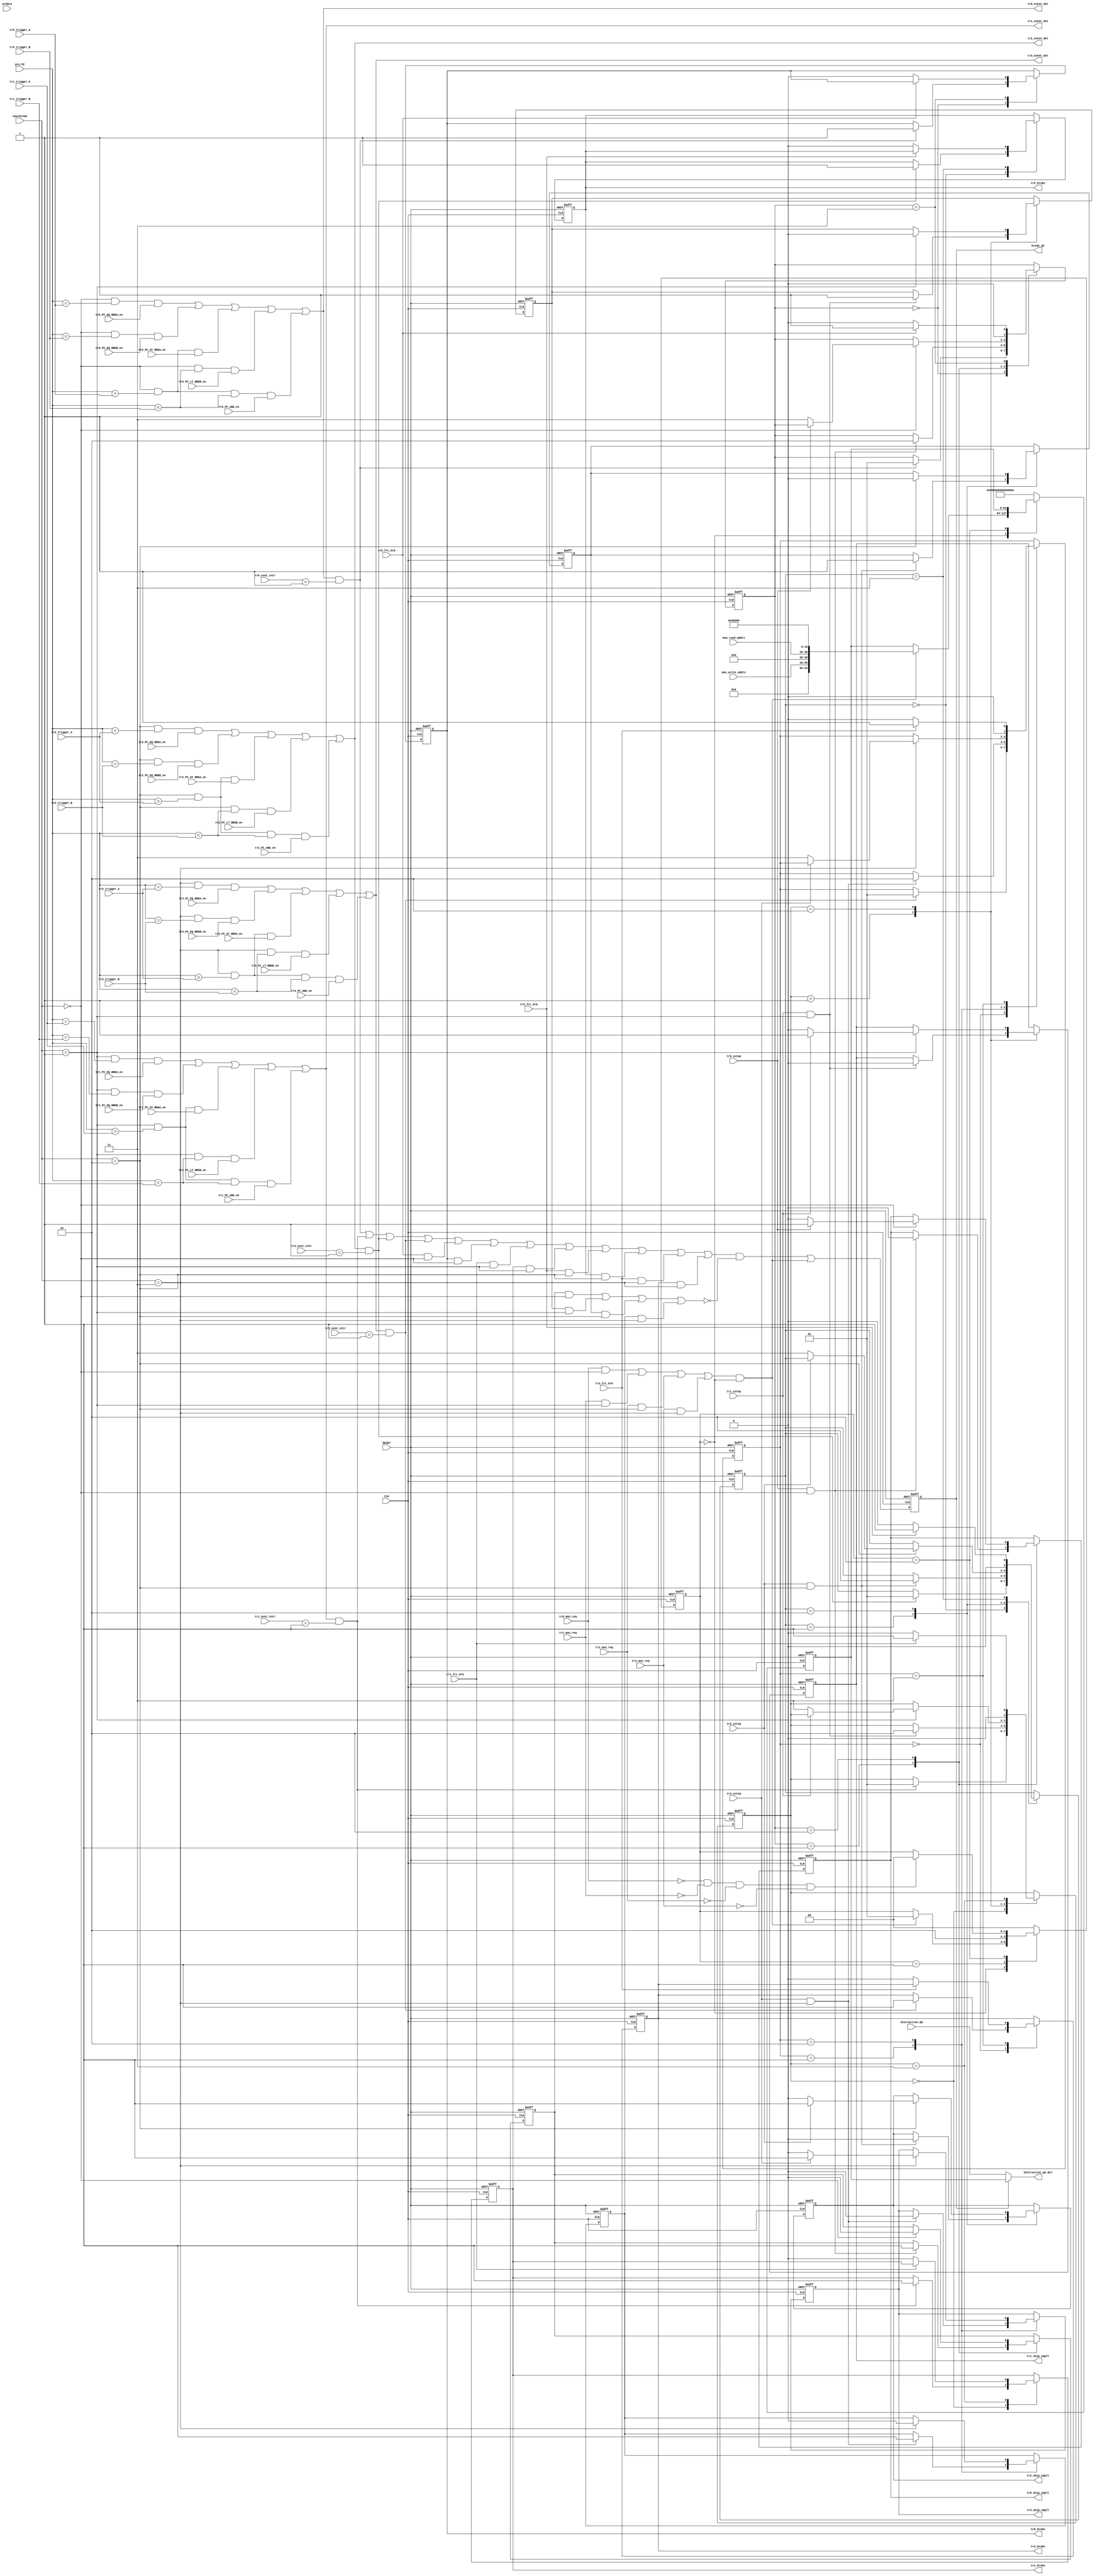
// breakpoints.v
 `timescale 1ns/100ps
 // Version:  1.0  October 1, 2017
 // Copyright (C) 2017.  All rights reserved.
/////////////////////////////////////////////////////////////////////////////////////////////////////////////////////
//                                                                                                                 //
//                                 SYMPL 64-BIT GP-GPU Compute Engine                                              //
//                              Evaluation and Product Development License                                         //
//                                                                                                                 //
// Provided that you comply with all the terms and conditions set forth herein, Jerry D. Harthcock ("licensor"),   //
// the original author and exclusive copyright owner of these SYMPL 64-BIT ~ Verilog RTL IP cores and related      //
// development software ("this IP")  hereby grants recipient of this IP ("licensee"), a world-wide, paid-up,       //
// non-exclusi~ve license to implement this IP in Xilinx, Altera, MicroSemi or Lattice Semiconductor brand FPGAs   //
// only and used for the purposes of evaluation, education, and development of end products and related            //
// development tools only.  Furthermore, limited to the  the purposes of prototyping, evaluation, characterization //
// and testing of their implementation in a hard,  custom or semi-custom ASIC, any university or institution of    //
// higher education may have their implementation of  this IP produced for said limited purposes at any foundary   //
// of their choosing provided that such prototypes do  not ever wind up in commercial circulation with such        //
// license extending to said foundary and is in connection  with said academic pursuit and under the supervision   //
// of said university or institution of higher education.                                                          //
//                                                                                                                 //
// Any customization, modification, or derivative work of this IP must include an exact copy of this license       //
// and original copyright notice at the very top of each source file and derived netlist, and, in the case of      //
// binaries, a printed copy of this license and/or a text format copy in a separate file distributed with said     //
// netlists or binary files having the file name, "LICENSE.txt".  You, the licensee, also agree not to remove      //
// any copyright notices from any source file covered under this Evaluation and Product Development License.       //
//                                                                                                                 //
// LICENSOR DOES NOT WARRANT OR GUARANTEE THAT YOUR USE OF THIS IP WILL NOT INFRINGE THE RIGHTS OF OTHERS OR       //
// THAT IT IS SUITABLE OR FIT FOR ANY PURPOSE AND THAT YOU, THE LICENSEE, AGREE TO HOLD LICENSOR HARMLESS FROM     //
// ANY CLAIM BROUGHT BY YOU OR ANY THIRD PARTY FOR YOUR SUCH USE.                                                  //
//                                                                                                                 //
// Licensor reserves all his rights without prejudice, including, but in no way limited to, the right to change    //
// or modify the terms and conditions of this Evaluation and Product Development License anytime without notice    //
// of any kind to anyone. By using this IP for any purpose, you agree to all the terms and conditions set forth    //
// in this Evaluation and Product Development License.                                                             //
//                                                                                                                 //
// This Evaluation and Product Development License does not include the right to sell products that incorporate    //
// this IP, any IP derived from this IP.  If you would like to obtain such a license, please contact Licensor.     //
//                                                                                                                 //
// Licensor can be contacted at:  SYMPL.gpu@gmail.com                                                              //
//                                                                                                                 //
/////////////////////////////////////////////////////////////////////////////////////////////////////////////////////

module breakpoints (
    CLK,
    RESET,
    Instruction_q0,
    Instruction_q0_del,
    pre_PC,
    newthread,
    
    tr0_PC_EQ_BRKA_en, 
    tr0_PC_EQ_BRKB_en, 
    tr0_PC_GT_BRKA_en,
    tr0_PC_LT_BRKB_en,
    tr0_PC_AND_en,
    
    tr1_PC_EQ_BRKA_en, 
    tr1_PC_EQ_BRKB_en, 
    tr1_PC_GT_BRKA_en,
    tr1_PC_LT_BRKB_en,
    tr1_PC_AND_en,
    
    tr2_PC_EQ_BRKA_en, 
    tr2_PC_EQ_BRKB_en, 
    tr2_PC_GT_BRKA_en,
    tr2_PC_LT_BRKB_en,
    tr2_PC_AND_en,
      
    tr3_PC_EQ_BRKA_en, 
    tr3_PC_EQ_BRKB_en, 
    tr3_PC_GT_BRKA_en,
    tr3_PC_LT_BRKB_en,
    tr3_PC_AND_en,
    
    tr0_event_det,
    tr1_event_det,
    tr2_event_det,
    tr3_event_det,
    
    tr0_evnt_cntr,
    tr1_evnt_cntr,
    tr2_evnt_cntr,
    tr3_evnt_cntr,

    tr0_trigger_A,
    tr0_trigger_B,
    tr1_trigger_A,
    tr1_trigger_B,
    tr2_trigger_A,
    tr2_trigger_B,
    tr3_trigger_A,
    tr3_trigger_B,

    
    tr0_sstep,
    tr1_sstep,
    tr2_sstep,
    tr3_sstep,
    tr0_frc_brk,
    tr1_frc_brk,
    tr2_frc_brk,
    tr3_frc_brk,
    tr0_broke,
    tr1_broke,
    tr2_broke,
    tr3_broke,
    tr0_skip_cmplt,
    tr1_skip_cmplt,
    tr2_skip_cmplt,
    tr3_skip_cmplt,
    break_q0,
    mon_read_addrs,
    mon_write_addrs,
    tr0_mon_req,
    tr1_mon_req,
    tr2_mon_req,
    tr3_mon_req,
    wrdata
    );

input CLK;
input RESET;
input [63:0] wrdata;
input  [63:0] Instruction_q0;
input  [15:0] pre_PC;
input   [1:0] newthread;
output [63:0] Instruction_q0_del;


input tr0_PC_EQ_BRKA_en; 
input tr0_PC_EQ_BRKB_en; 
input tr0_PC_GT_BRKA_en;
input tr0_PC_LT_BRKB_en;
input tr0_PC_AND_en;

input tr1_PC_EQ_BRKA_en; 
input tr1_PC_EQ_BRKB_en; 
input tr1_PC_GT_BRKA_en;
input tr1_PC_LT_BRKB_en;
input tr1_PC_AND_en;

input tr2_PC_EQ_BRKA_en; 
input tr2_PC_EQ_BRKB_en; 
input tr2_PC_GT_BRKA_en;
input tr2_PC_LT_BRKB_en;
input tr2_PC_AND_en;
        
input tr3_PC_EQ_BRKA_en; 
input tr3_PC_EQ_BRKB_en; 
input tr3_PC_GT_BRKA_en;
input tr3_PC_LT_BRKB_en;
input tr3_PC_AND_en;

output tr0_event_det;
output tr1_event_det;
output tr2_event_det;
output tr3_event_det;

input  [15:0] tr0_evnt_cntr;
input  [15:0] tr1_evnt_cntr;
input  [15:0] tr2_evnt_cntr;
input  [15:0] tr3_evnt_cntr;

input  [15:0] tr0_trigger_A;
input  [15:0] tr0_trigger_B;
input  [15:0] tr1_trigger_A;
input  [15:0] tr1_trigger_B;
input  [15:0] tr2_trigger_A;
input  [15:0] tr2_trigger_B;
input  [15:0] tr3_trigger_A;
input  [15:0] tr3_trigger_B;    
    
input tr0_sstep;
input tr1_sstep;
input tr2_sstep;
input tr3_sstep;

input tr0_frc_brk;
input tr1_frc_brk;
input tr2_frc_brk;
input tr3_frc_brk;

output tr0_broke;
output tr1_broke;
output tr2_broke;
output tr3_broke;

output tr0_skip_cmplt;
output tr1_skip_cmplt;
output tr2_skip_cmplt;
output tr3_skip_cmplt;

output break_q0;
input  [15:0] mon_read_addrs;
input  [15:0] mon_write_addrs;

input  tr0_mon_req;
input  tr1_mon_req;
input  tr2_mon_req;
input  tr3_mon_req;

reg break_q0;

reg [1:0] tr0_break_state;
reg [1:0] tr1_break_state;
reg [1:0] tr2_break_state;
reg [1:0] tr3_break_state;

reg tr0_broke;
reg tr1_broke;
reg tr2_broke;
reg tr3_broke;

reg tr0_skip;
reg tr1_skip;
reg tr2_skip;
reg tr3_skip;

reg tr0_skip_cmplt;
reg tr1_skip_cmplt;
reg tr2_skip_cmplt;
reg tr3_skip_cmplt;


reg [1:0]mon_state;

reg tr0_mon_req_q0;
reg tr1_mon_req_q0;
reg tr2_mon_req_q0;
reg tr3_mon_req_q0;

reg [63:0] monitor_instructionq;


wire mon_cycl_det;
wire any_break_det;

wire [63:0] Instruction_q0_del;
wire [63:0] monitor_instruction;

wire tr0_PC_EQ_BRKA;
wire tr0_PC_GTE_BRKA;
wire tr0_PC_EQ_BRKB;
wire tr0_PC_LTE_BRKB;
wire tr0_PC_GTE_BRKA_AND_LTE_BRKB;

wire tr1_PC_EQ_BRKA;
wire tr1_PC_GTE_BRKA;
wire tr1_PC_EQ_BRKB;
wire tr1_PC_LT_BRKB;
wire tr1_PC_GT_BRKA_AND_LT_BRKB;

wire tr2_PC_EQ_BRKA;
wire tr2_PC_GT_BRKA;
wire tr2_PC_EQ_BRKB;
wire tr2_PC_LT_BRKB;
wire tr2_PC_GT_BRKA_AND_LT_BRKB;

wire tr3_PC_EQ_BRKA;
wire tr3_PC_GT_BRKA;
wire tr3_PC_EQ_BRKB;
wire tr3_PC_LT_BRKB;
wire tr3_PC_GT_BRKA_AND_LT_BRKB;
                                                                                                         
wire tr0_event_det;                                                                                        
wire tr1_event_det;                                                                                        
wire tr2_event_det;                                                                                        
wire tr3_event_det;                                                                                        

assign tr0_PC_EQ_BRKA = (newthread==2'b00) && (pre_PC == tr0_trigger_A) && tr0_PC_EQ_BRKA_en;  
assign tr0_PC_EQ_BRKB = (newthread==2'b00) && (pre_PC == tr0_trigger_B) && tr0_PC_EQ_BRKB_en;  
assign tr0_PC_GT_BRKA = (newthread==2'b00) && (pre_PC > tr0_trigger_A)  && tr0_PC_GT_BRKA_en;
assign tr0_PC_LT_BRKB = (newthread==2'b00) && (pre_PC < tr0_trigger_B)  && tr0_PC_LT_BRKB_en;
assign tr0_PC_GT_BRKA_AND_LT_BRKB = (newthread==2'b00)       && 
                                    (pre_PC > tr0_trigger_A) && 
                                    (pre_PC < tr0_trigger_B) &&
                                     tr0_PC_AND_en;

assign tr1_PC_EQ_BRKA = (newthread==2'b01) && (pre_PC == tr1_trigger_A) && tr1_PC_EQ_BRKA_en;  
assign tr1_PC_EQ_BRKB = (newthread==2'b01) && (pre_PC == tr1_trigger_B) && tr1_PC_EQ_BRKB_en;  
assign tr1_PC_GT_BRKA = (newthread==2'b01) && (pre_PC > tr1_trigger_A)  && tr1_PC_GT_BRKA_en;
assign tr1_PC_LT_BRKB = (newthread==2'b01) && (pre_PC < tr1_trigger_B)  && tr1_PC_LT_BRKB_en;
assign tr1_PC_GT_BRKA_AND_LT_BRKB = (newthread==2'b01)       && 
                                    (pre_PC > tr1_trigger_A) && 
                                    (pre_PC < tr1_trigger_B) &&
                                     tr1_PC_AND_en;

assign tr2_PC_EQ_BRKA = (newthread==2'b10) && (pre_PC == tr2_trigger_A) && tr2_PC_EQ_BRKA_en;  
assign tr2_PC_EQ_BRKB = (newthread==2'b10) && (pre_PC == tr2_trigger_B) && tr2_PC_EQ_BRKB_en;  
assign tr2_PC_GT_BRKA = (newthread==2'b10) && (pre_PC > tr2_trigger_A)  && tr2_PC_GT_BRKA_en;
assign tr2_PC_LT_BRKB = (newthread==2'b10) && (pre_PC < tr2_trigger_B)  && tr2_PC_LT_BRKB_en;
assign tr2_PC_GT_BRKA_AND_LT_BRKB = (newthread==2'b10)       && 
                                    (pre_PC > tr2_trigger_A) && 
                                    (pre_PC < tr2_trigger_B) &&
                                     tr2_PC_AND_en;

assign tr3_PC_EQ_BRKA = (newthread==2'b11) && (pre_PC == tr3_trigger_A) && tr3_PC_EQ_BRKA_en;  
assign tr3_PC_EQ_BRKB = (newthread==2'b11) && (pre_PC == tr3_trigger_B) && tr3_PC_EQ_BRKB_en;  
assign tr3_PC_GT_BRKA = (newthread==2'b11) && (pre_PC > tr3_trigger_A)  && tr3_PC_GT_BRKA_en;
assign tr3_PC_LT_BRKB = (newthread==2'b11) && (pre_PC < tr3_trigger_B)  && tr3_PC_LT_BRKB_en;
assign tr3_PC_GT_BRKA_AND_LT_BRKB = (newthread==2'b11)       && 
                                    (pre_PC > tr3_trigger_A) && 
                                    (pre_PC < tr3_trigger_B) &&
                                     tr3_PC_AND_en;

assign tr0_event_det = tr0_PC_EQ_BRKA ||
                       tr0_PC_EQ_BRKB ||
                       tr0_PC_GT_BRKA || 
                       tr0_PC_LT_BRKB ||
                       tr0_PC_GT_BRKA_AND_LT_BRKB;

assign tr1_event_det = tr1_PC_EQ_BRKA ||
                       tr1_PC_EQ_BRKB ||
                       tr1_PC_GT_BRKA || 
                       tr1_PC_LT_BRKB ||
                       tr1_PC_GT_BRKA_AND_LT_BRKB;

assign tr2_event_det = tr2_PC_EQ_BRKA ||
                       tr2_PC_EQ_BRKB ||
                       tr2_PC_GT_BRKA || 
                       tr2_PC_LT_BRKB ||
                       tr2_PC_GT_BRKA_AND_LT_BRKB;

assign tr3_event_det = tr3_PC_EQ_BRKA ||
                       tr3_PC_EQ_BRKB ||
                       tr3_PC_GT_BRKA || 
                       tr3_PC_LT_BRKB ||
                       tr3_PC_GT_BRKA_AND_LT_BRKB;
                     

assign any_break_det = (tr0_event_det && (tr0_evnt_cntr == 16'h0001)) ||
                       (tr1_event_det && (tr1_evnt_cntr == 16'h0001)) ||
                       (tr2_event_det && (tr2_evnt_cntr == 16'h0001)) ||
                       (tr3_event_det && (tr3_evnt_cntr == 16'h0001)) ||
                       (tr0_frc_brk   && (newthread==2'b00))          ||
                       (tr0_broke     && (newthread==2'b00))          ||
                       (tr1_frc_brk   && (newthread==2'b01))          ||
                       (tr1_broke     && (newthread==2'b01))          ||
                       (tr2_frc_brk   && (newthread==2'b10))          ||
                       (tr2_broke     && (newthread==2'b10))          ||
                       (tr3_frc_brk   && (newthread==2'b11))          ||
                       (tr3_broke     && (newthread==2'b11))          ;
                       
                       
assign monitor_instruction = {8'b0000_0110, mon_write_addrs, 4'b0110, mon_read_addrs, 4'b0110, 16'h0000};    //monitor reads/writes are always double-word (64-bits)                     
assign Instruction_q0_del = break_q0 ?  monitor_instructionq : Instruction_q0;  

assign mon_cycl_det = (((tr0_mon_req && (newthread==2'b00))  ||
                        (tr1_mon_req && (newthread==2'b01))  ||
                        (tr2_mon_req && (newthread==2'b10))  ||
                        (tr3_mon_req && (newthread==2'b11))) && (mon_state[1:0]==2'b00));


always @(posedge CLK or posedge RESET) begin
    if (RESET) begin
        tr0_mon_req_q0 <= 1'b0;
        tr1_mon_req_q0 <= 1'b0; 
        tr2_mon_req_q0 <= 1'b0; 
        tr3_mon_req_q0 <= 1'b0; 
        mon_state <= 2'b00;
        monitor_instructionq <= 64'h0600006000060000;
    end
    else case(mon_state)
             2'b00 : if (mon_cycl_det) begin
                         monitor_instructionq <= monitor_instruction; 
                         tr0_mon_req_q0 <= ((newthread==2'b00) && tr0_mon_req);
                         tr1_mon_req_q0 <= ((newthread==2'b01) && tr1_mon_req);
                         tr2_mon_req_q0 <= ((newthread==2'b10) && tr2_mon_req);
                         tr3_mon_req_q0 <= ((newthread==2'b11) && tr3_mon_req);
                         mon_state <= 2'b01;
                     end    
             2'b01 : begin
                        monitor_instructionq <= 64'h0600006000060000;
                        tr0_mon_req_q0 <= 1'b0;           
                        tr1_mon_req_q0 <= 1'b0;           
                        tr2_mon_req_q0 <= 1'b0;           
                        tr3_mon_req_q0 <= 1'b0;           
                        mon_state <= 2'b10;
                     end    
             2'b10 : if (~tr0_mon_req && ~tr1_mon_req && ~tr2_mon_req && ~tr3_mon_req) mon_state <= 2'b00; 
           default : begin
                        tr0_mon_req_q0 <= 1'b0;   
                        tr1_mon_req_q0 <= 1'b0;   
                        tr2_mon_req_q0 <= 1'b0;   
                        tr3_mon_req_q0 <= 1'b0;   
                        mon_state <= 2'b00;
                        monitor_instructionq <= 64'h0600006000060000;
                     end
         endcase          
end

                                                                                                                  
always @(posedge CLK or posedge RESET) begin
    if (RESET) begin                                                                                               
        break_q0 <= 1'b0;                                                                                          
    end
    else begin                                                                                                     
        break_q0 <= (any_break_det && 
                   ~((tr0_skip && (newthread==2'b00))   || 
                     (tr1_skip && (newthread==2'b01))   || 
                     (tr2_skip && (newthread==2'b10))   || 
                     (tr3_skip && (newthread==2'b11)))) || mon_cycl_det;                          
    end                 
end   

// tr0 sstep
always @(posedge CLK or posedge RESET) begin
    if (RESET) begin
        tr0_broke <= 1'b0;
        tr0_break_state <=2'b00;
        tr0_skip <= 1'b0;
        tr0_skip_cmplt <= 1'b0;
    end
    else begin
        casex(tr0_break_state) 
            2'b00 : if (tr0_event_det && (tr0_evnt_cntr == 16'h0001)) begin 
                        tr0_broke <= 1'b1;
                        tr0_break_state <= 2'b01;
                    end
            2'b01 : if (tr0_sstep && (newthread==2'b00)) begin
                        tr0_skip <= 1'b1;
                        tr0_skip_cmplt <= 1'b0;
                        tr0_break_state <= 2'b10;
                    end
            2'b10 : begin 
                        if (newthread==2'b00) begin
                            tr0_skip <= 1'b0;
                            tr0_skip_cmplt <= 1'b1;
                            if (~tr0_sstep) begin
                               tr0_break_state <= 2'b11;
                               tr0_skip_cmplt <= 1'b0;
                            end    
                        end    
                    end
            2'b11 : if (~tr0_frc_brk) begin
                        tr0_broke <= 1'b0;
                        tr0_break_state <= 2'b00;
                    end
                    else tr0_break_state <= 2'b01;            
        endcase
    end
end   

// tr1 sstep
always @(posedge CLK or posedge RESET) begin
    if (RESET) begin
        tr1_broke <= 1'b0;
        tr1_break_state <=2'b00;
        tr1_skip <= 1'b0;
        tr1_skip_cmplt <= 1'b0;
    end
    else begin
        casex(tr1_break_state) 
            2'b00 : if (tr1_event_det && (tr1_evnt_cntr == 16'h0001)) begin
                        tr1_broke <= 1'b1;
                        tr1_break_state <= 2'b01;
                    end
            2'b01 : if (tr1_sstep && (newthread==2'b01)) begin
                        tr1_skip <= 1'b1;
                        tr1_skip_cmplt <= 1'b0;
                        tr1_break_state <= 2'b10;
                    end
            2'b10 : begin 
                        if (newthread==2'b01) begin
                            tr1_skip <= 1'b0;
                            tr1_skip_cmplt <= 1'b1;
                            if (~tr1_sstep) begin
                               tr1_break_state <= 2'b11;
                               tr1_skip_cmplt <= 1'b0;
                            end    
                        end    
                    end
            2'b11 : if (~tr1_frc_brk) begin
                        tr1_broke <= 1'b0;
                        tr1_break_state <= 2'b00;
                    end
                    else tr1_break_state <= 2'b01;            
        endcase
    end
end   

// tr2 sstep
always @(posedge CLK or posedge RESET) begin
    if (RESET) begin
        tr2_broke <= 1'b0;
        tr2_break_state <=2'b00;
        tr2_skip <= 1'b0;
        tr2_skip_cmplt <= 1'b0;
    end
    else begin
        casex(tr2_break_state) 
            2'b00 : if (tr2_event_det && (tr2_evnt_cntr == 16'h0001)) begin
                        tr2_broke <= 1'b1;
                        tr2_break_state <= 2'b01;
                    end
            2'b01 : if (tr2_sstep && (newthread==2'b10)) begin
                        tr2_skip <= 1'b1;
                        tr2_skip_cmplt <= 1'b0;
                        tr2_break_state <= 2'b10;
                    end
            2'b10 : begin 
                        if (newthread==2'b10) begin
                            tr2_skip <= 1'b0;
                            tr2_skip_cmplt <= 1'b1;
                            if (~tr2_sstep) begin
                               tr2_break_state <= 2'b11;
                               tr2_skip_cmplt <= 1'b0;
                            end    
                        end    
                    end
            2'b11 : if (~tr2_frc_brk) begin
                        tr2_broke <= 1'b0;
                        tr2_break_state <= 2'b00;
                    end
                    else tr2_break_state <= 2'b01;            
        endcase
    end
end   

// tr3 sstep
always @(posedge CLK or posedge RESET) begin
    if (RESET) begin
        tr3_broke <= 1'b0;
        tr3_break_state <=2'b00;
        tr3_skip <= 1'b0;
        tr3_skip_cmplt <= 1'b0;
    end
    else begin
        casex(tr3_break_state) 
            2'b00 :if (tr3_event_det && (tr3_evnt_cntr == 16'h0001)) begin
                        tr3_broke <= 1'b1;
                        tr3_break_state <= 2'b01;
                    end
            2'b01 : if (tr3_sstep && (newthread==2'b11)) begin
                        tr3_skip <= 1'b1;
                        tr3_skip_cmplt <= 1'b0;
                        tr3_break_state <= 2'b10;
                    end
            2'b10 : begin 
                        if (newthread==2'b11) begin
                            tr3_skip <= 1'b0;
                            tr3_skip_cmplt <= 1'b1;
                            if (~tr3_sstep) begin
                               tr3_break_state <= 2'b11;
                               tr3_skip_cmplt <= 1'b0;
                            end    
                        end    
                    end
            2'b11 : if (~tr3_frc_brk) begin
                        tr3_broke <= 1'b0;
                        tr3_break_state <= 2'b00;
                    end
                    else tr3_break_state <= 2'b01;            
        endcase
    end
end     

endmodule